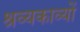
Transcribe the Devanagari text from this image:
श्रव्यकाव्यों